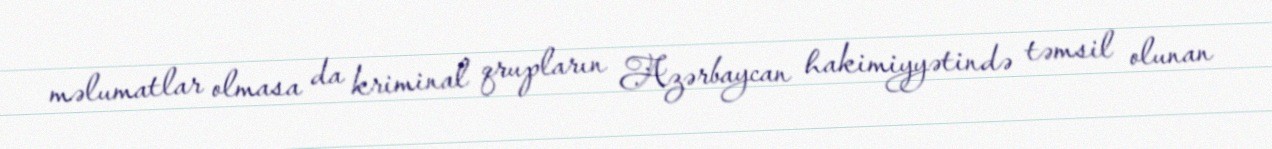
məlumatlar olmasa da kriminal qrupların Azərbaycan hakimiyyətində təmsil olunan